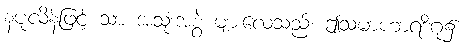
နပုံလိန်ဖြင့် သာ အသုံးအစွဲ များလေသည်၊ ဤသမာဟာရဒိဂု၌